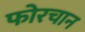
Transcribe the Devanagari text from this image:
फोरचान